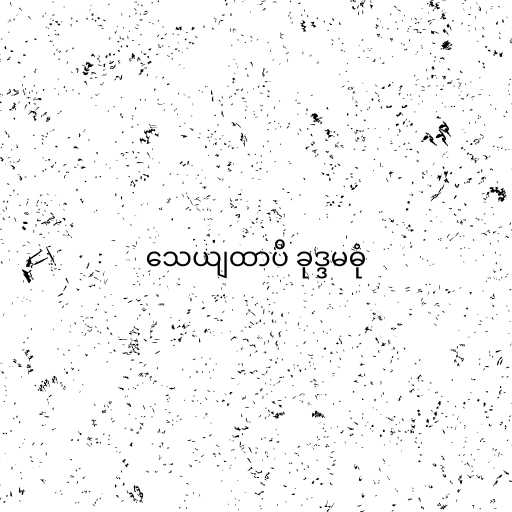
သေယျထာပိ ခုဒ္ဒမဓုံ